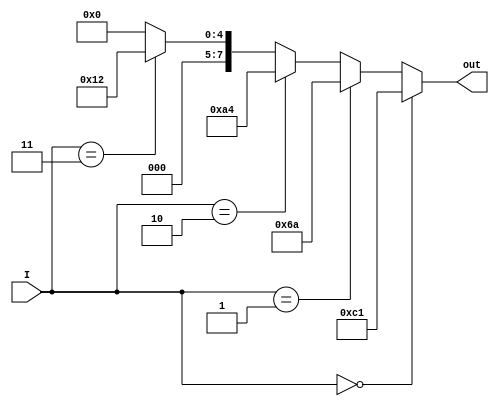
`timescale 1ns / 1ps
//////////////////////////////////////////////////////////////////////////////////
// Company: 
// Engineer: 
// 
// Design Name: 
// Module Name:    Control_Unit 
// Project Name: 
// Target Devices: 
// Tool versions: 
// Description: 
//
// Dependencies: 
//
// Revision: 
// Revision 0.01 - File Created
// Additional Comments: 
//
//////////////////////////////////////////////////////////////////////////////////
module Control_Unit(
	input [1:0]I,
	output [7:0]out
    );
	
	assign out = (I == 2'b00) ? 8'b11000001:
					 (I == 2'b01) ? 8'b01101010:
					 (I == 2'b10) ? 8'b10100100:
					 (I == 2'b11) ? 8'b00010010:
					 8'b00000000;

endmodule